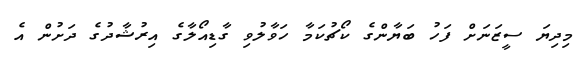
މިދިޔަ ސީޒަނަށް ފަހު ބަޔާންގެ ކޯޗުކަމާ ހަވާލުވި ގާޑިއޯލާގެ އިރުޝާދުގެ ދަށުން އެ